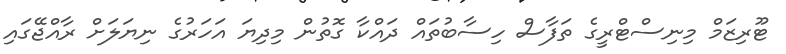
ޓޫރިޒަމް މިނިސްޓްރީގެ ތަފާސް ހިސާބުތައް ދައްކާ ގޮތުން މިދިޔަ އަހަރުގެ ނިޔަލަށް ރާއްޖޭގައި